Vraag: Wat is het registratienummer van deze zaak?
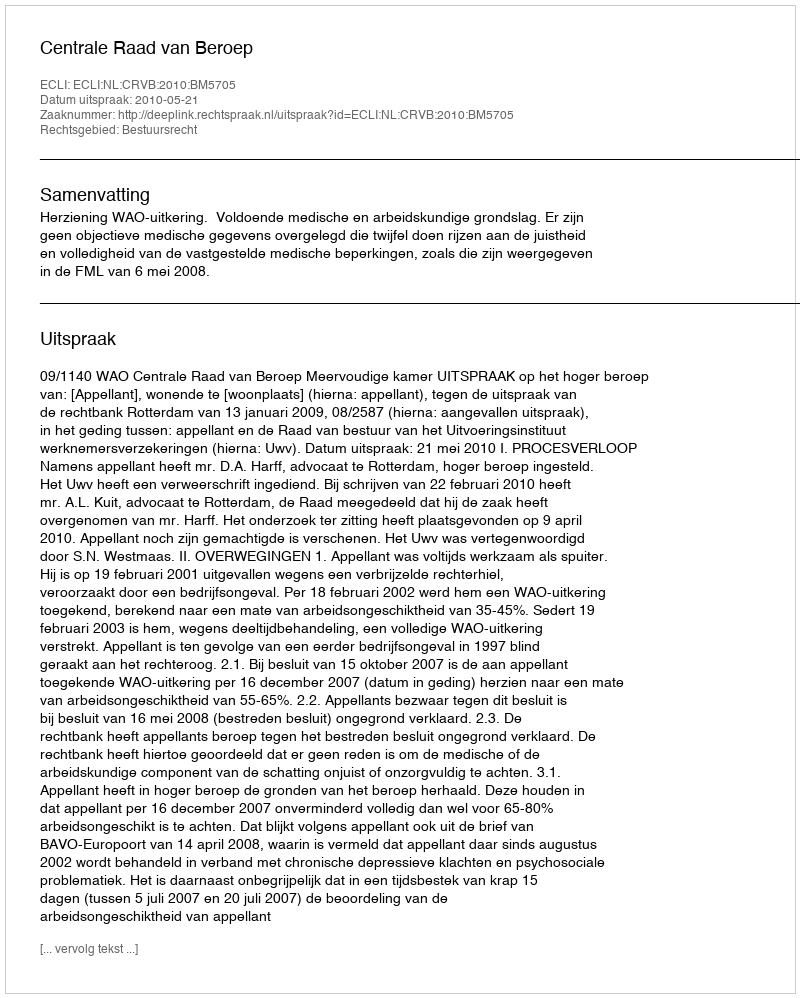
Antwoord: http://deeplink.rechtspraak.nl/uitspraak?id=ECLI:NL:CRVB:2010:BM5705